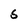
Character: 5